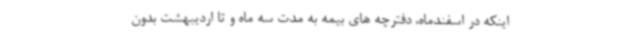
اینکه در اسفندماه، دفترچه های بیمه به مدت سه ماه و تا اردیبهشت بدون